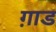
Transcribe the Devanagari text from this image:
ग़ाड